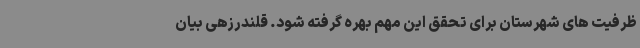
ظرفیت های شهرستان برای تحقق این مهم بهره گرفته شود. قلندرزهی بیان